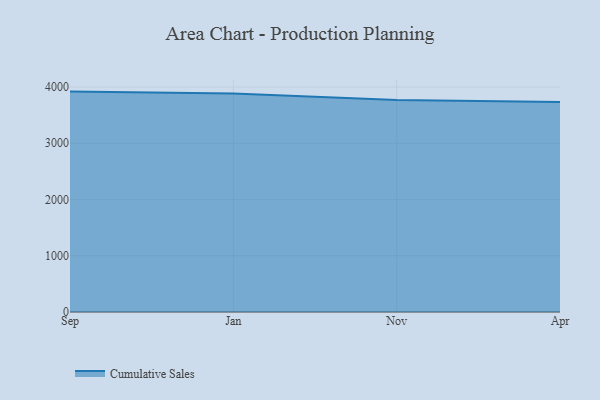
{"axis": {"x": "Month", "y": "Website Visitors"}, "legend": ["Cumulative Sales"], "data": [{"x": "Sep", "y": 3919.2, "type": "Cumulative Sales"}, {"x": "Jan", "y": 3885.1, "type": "Cumulative Sales"}, {"x": "Nov", "y": 3770.0, "type": "Cumulative Sales"}, {"x": "Apr", "y": 3734.4, "type": "Cumulative Sales"}]}